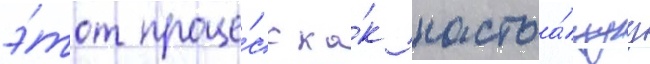
э́тот проце́сс ка́к настоа́щуу